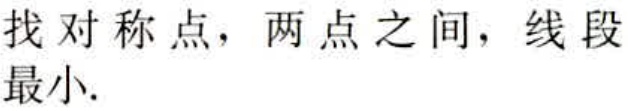
找对称点，两点之间，线段最小.